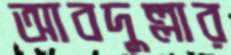
আবদুল্লার